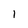
Character: 1